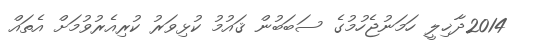
2014ދާޚިލީ ހަމަނުޖެހުމުގެ ސަބަބުން ޤައުމު ކުޅިވަރު ކުރިއެރުވުމަށް އެތައް